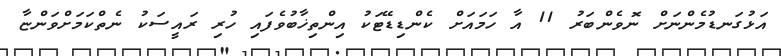
އަޅުގަނޑުމެންނަށް ނޮވެންބަރު 11 އާ ހަމައަށް ކެންޑިޑޭޓަކު އިންތިޚާބުވެފައި ހުރި ރައީސަކު ނެތްކަމަށްވަންޏާ